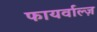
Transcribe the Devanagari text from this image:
फायर्वाल्ज़